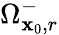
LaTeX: \Omega_{\mathbf{x}_{0},r}^{-}